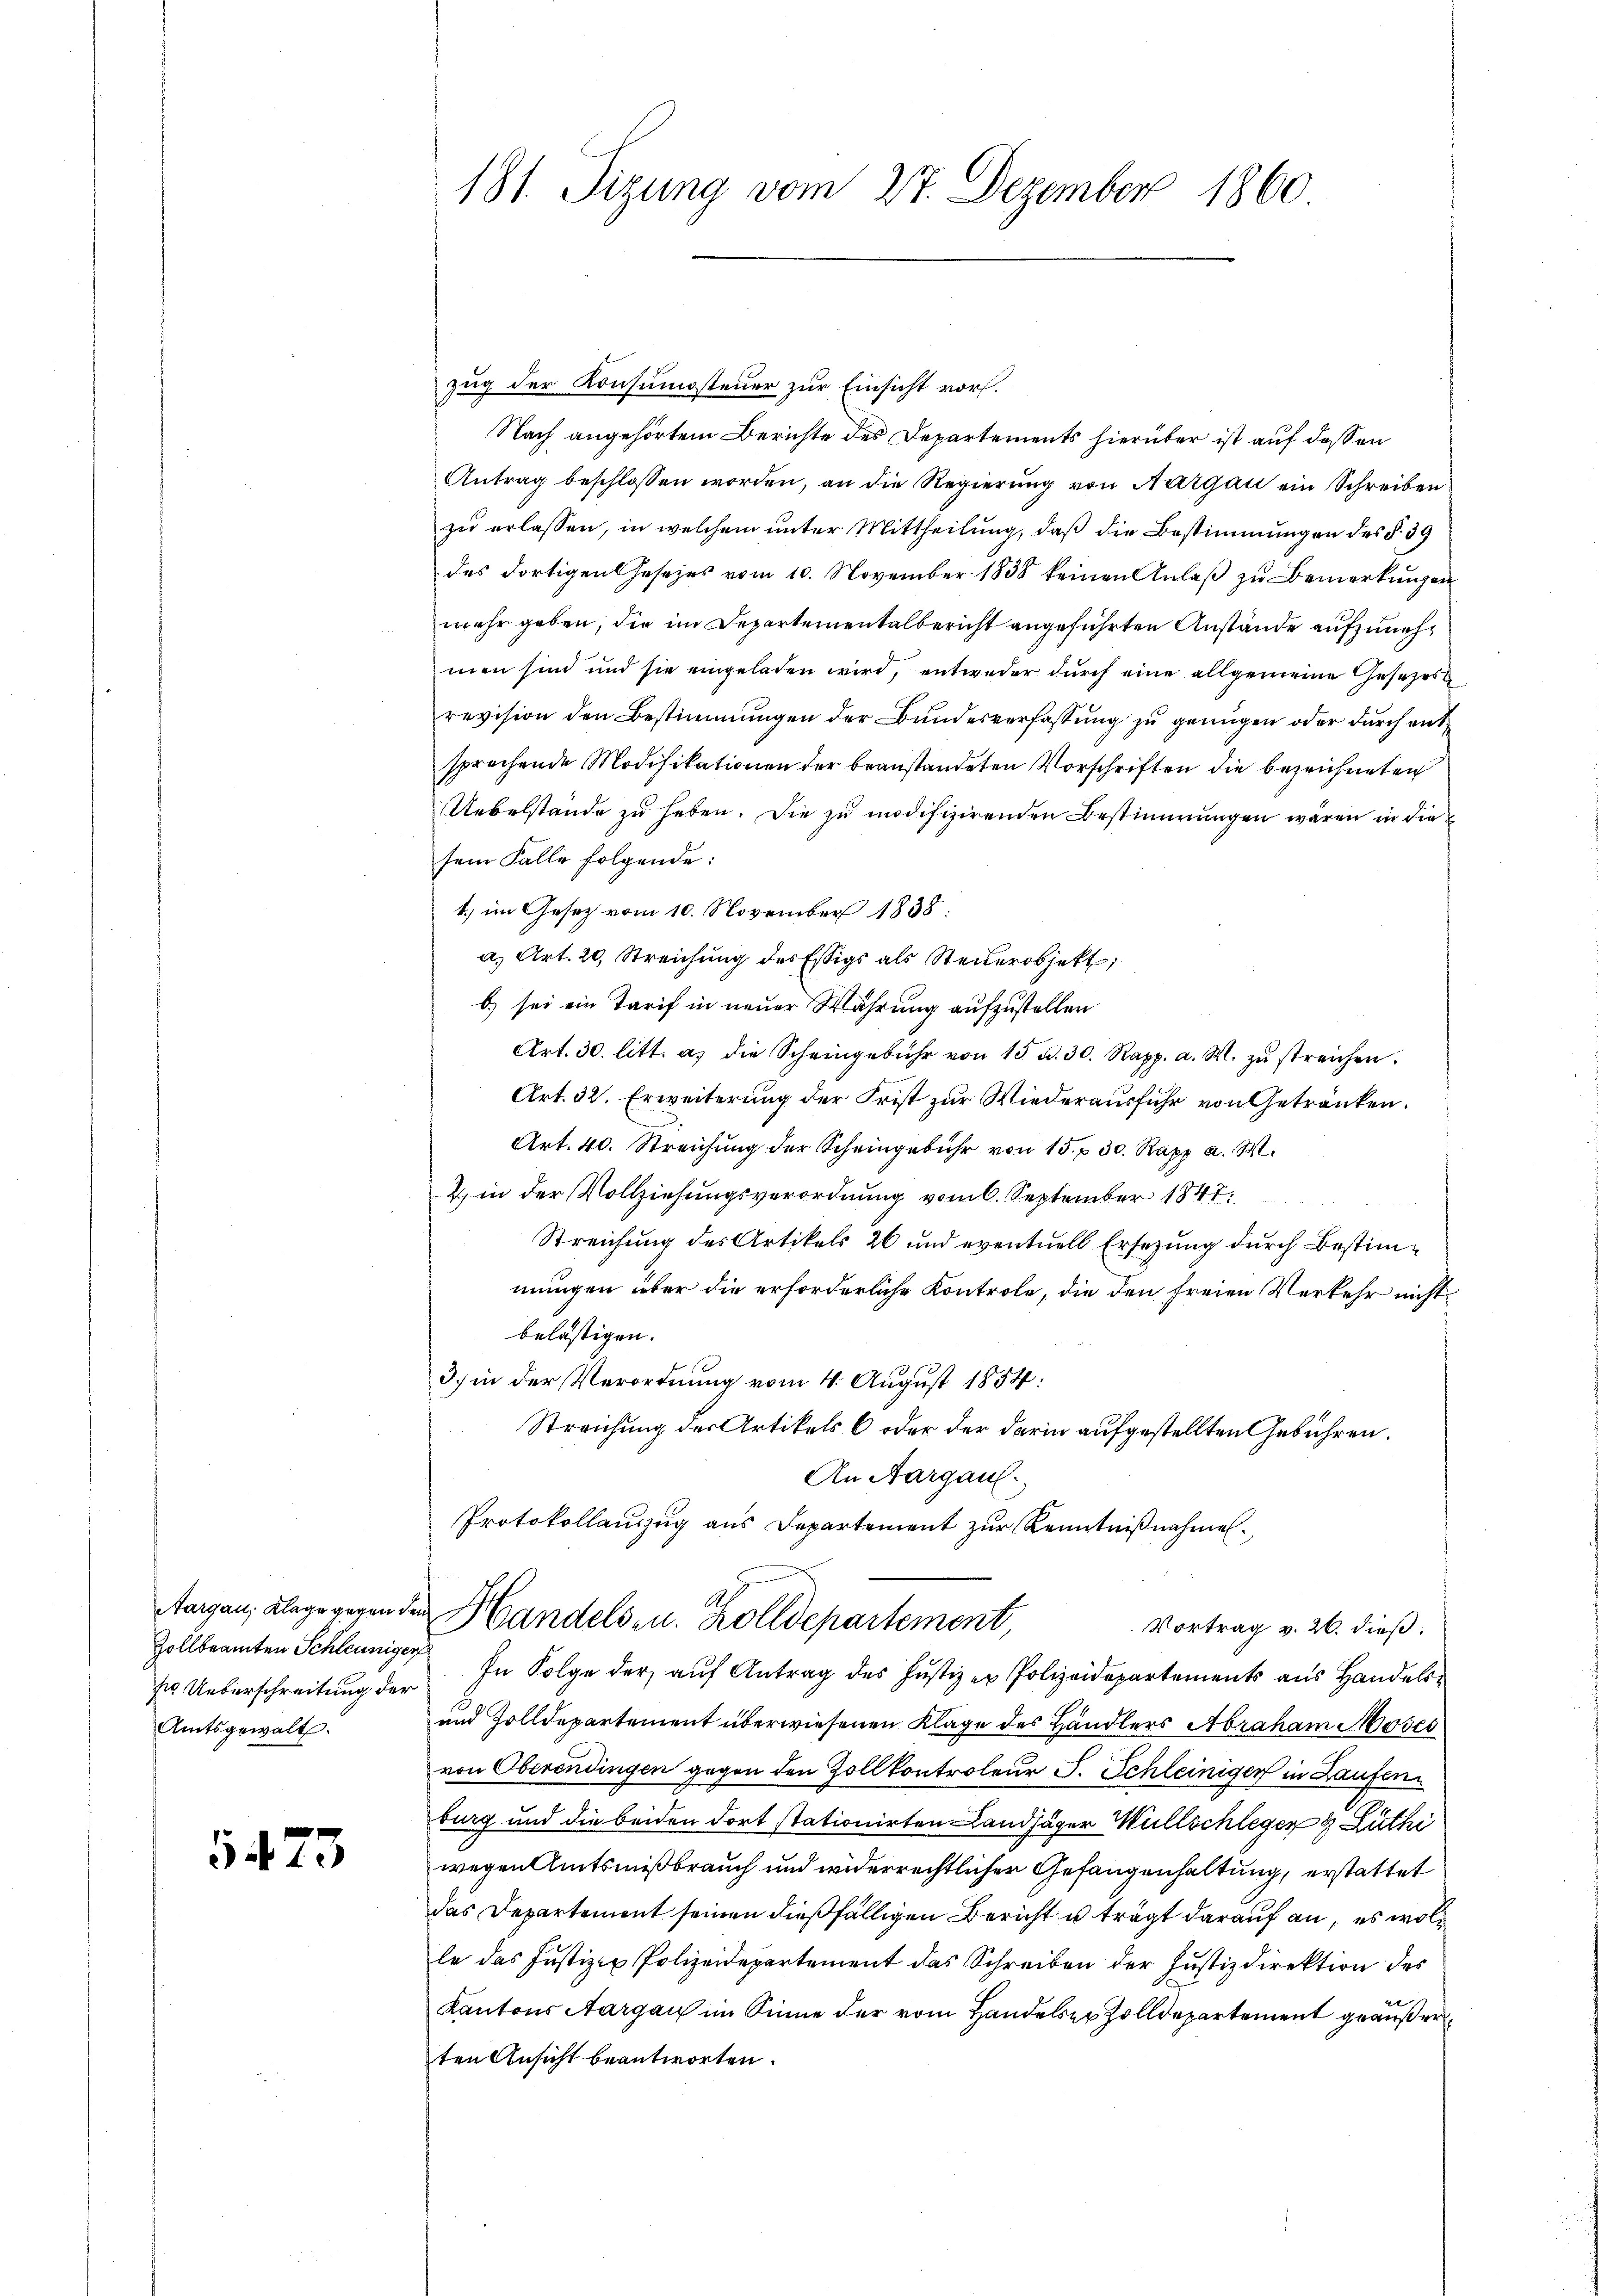
Zollbeamten Schleuniger
s Ueberschreitung der
Amtsgewalt.

5473

181. Sizung vom 27. Dezember 1860

zug der Konsumosteuer zur Einsicht vor.
Nach angehörtem Berichte des Departements hierüber ist auf dessen
Antrag beschlossen worden, an die Regierŭng von Aargau ein Schreiben
zu erlassen, in welchem unter Mittheilung, daß die Bestimmungen des §. 39
des dortigen Jesezes vom 10. November 1838 keinen Anlaß zu Bemerkungen
mehr geben, die im Departementalbericht angeführten Anstände aufzunehmen sind und sie eingeladen wird, entweder durch eine allgemeine Gesetzes
revision den Bestimmungen der Bundesverfassung zu genügen oder durch ent
sprechende Modifikationen der beanstandeten Vorschriften die bezeichneten
Uebelstände zu haben. Die zu modifizirenden Bestimmungen waren in die
sem Falle folgende:
1. im Gesetz vom 10. November 1838.
a) Art. 20, Streichung des Essigs als Steuerobjekt,
b) sei ein Tarif in neuer Wahrung aufzustellen
Art. 30. litt. a. die Scheingebühr von 15. d. 30. Rapp. a. M. zŭ streichen.
Art. 32. Erweiterung der Frist zur Wiederausfuhr von Getränken.
Art. 40. Streichŭng der Scheingebühr von 15. r. 30. Rapp a. W.
2 in der Vollziehungsverordnung vom 6. September 1847.
Streichung des Artikels 26 und eventuell Ersetzung durch Bestimmungen über die erforderliche Kontrole, die den freien Verkehr nicht
belästigen.
3.) in der Verordnung vom 4. August 1854:
Streichung des Artikels 6 oder der darin aufgestellten Gebühren.
An Aargau,
Protokollauszug aus Departement zur Kenntnißnahmen.
Aargau, Klage gegen den Handels- u. Zolldepartement
Vortrag v. 26. dieß:
In Folge der auf Antrag des Justiz er Polizeidepartements aus Handels
und Zolldepartement überwiesenen Klage des Händlers Abraham Moses
von Oberendingen gegen den Zollkontroleur J. Schleiniger in Laufen
burg und die beiden dort stationirten Landjäger Willschlegen 8 Lüthi
wegen Amtsmißbrauch und widerrechtlicher Gefangenhaltung, erstattet
das Departement seinen dießfälligen Bericht u. trägt darauf an, es wolle das Justiz & Polizeidepartement das Schreiben der Justizdirektion des
Kantons Aargau im Sinne der vom Handelser Zolldepartement geäußer
ten Ansicht beantworten.